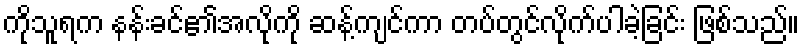
ကိုသူရက နန်းခင်၏အလိုကို ဆန့်ကျင်ကာ တပ်တွင်လိုက်ပါခဲ့ခြင်း ဖြစ်သည်။